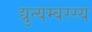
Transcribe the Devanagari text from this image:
द्युत्यम्बरस्य